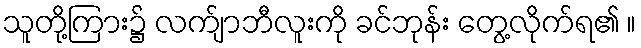
သူတို့ကြား၌ လက်ျာဘီလူးကို ခင်ဘုန်း တွေ့လိုက်ရ၏ ။